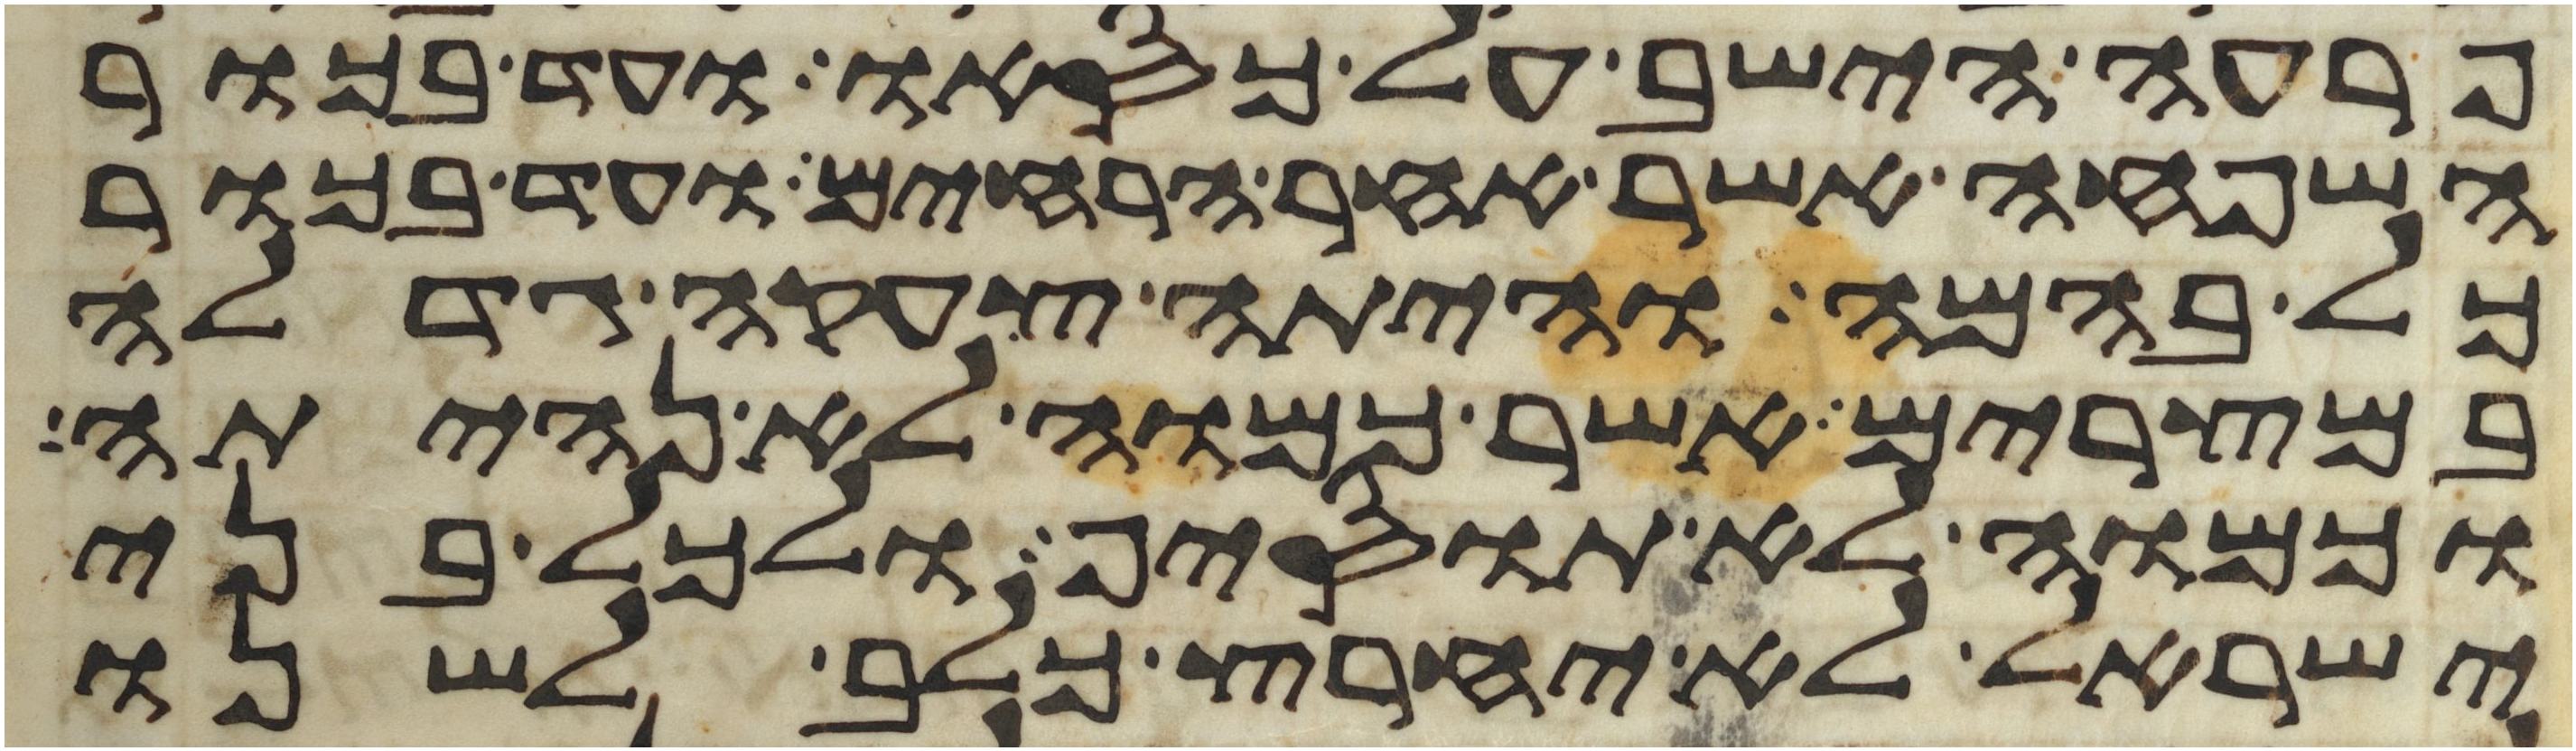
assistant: פרעה הישב על כסאו ועד בכור
השפחה אשר אחר הרחים ועד בכור
כל בהמה והיתה צעקה גדלה
במצרים אשר כמוה לא נהיתה
וכמוה לא תוסיף ולכל בני
ישראל לא יחרץ כלב לשנו